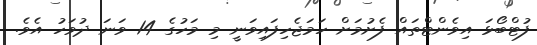
ފުޓްބޯޅަ އިވެންޓްތައް ފެށުމަށް ހަމަޖެހިފައިވަނީ މި މަހުގެ 14 ވަނަ ދުވަހު އެވެ.